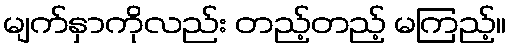
မျက်နှာကိုလည်း တည့်တည့် မကြည့်။